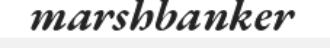
marshbanker